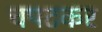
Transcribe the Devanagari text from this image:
चपटकर